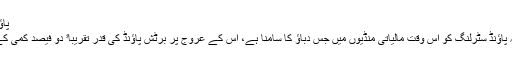
پاؤنڈ کی قدر میں 'تاریخی کمی‘ کا رجحان
نیوز ایجنسی اے ایف پی نے لکھا ہے کہ پاؤنڈ سٹرلنگ کو اس وقت مالیاتی منڈیوں میں جس دباؤ کا سامنا ہے، اس کے عروج پر برٹش پاؤنڈ کی قدر تقریباﹰ دو فیصد کمی کے بعد 1.1828 امریکی ڈالر تک آ گئی۔